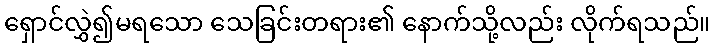
ရှောင်လွှဲ၍မရသော သေခြင်းတရား၏ နောက်သို့လည်း လိုက်ရသည်။